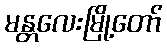
မန္တလေးမြို့တော်